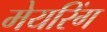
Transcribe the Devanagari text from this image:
मेयरिंग